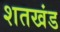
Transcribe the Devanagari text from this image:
शतखंड